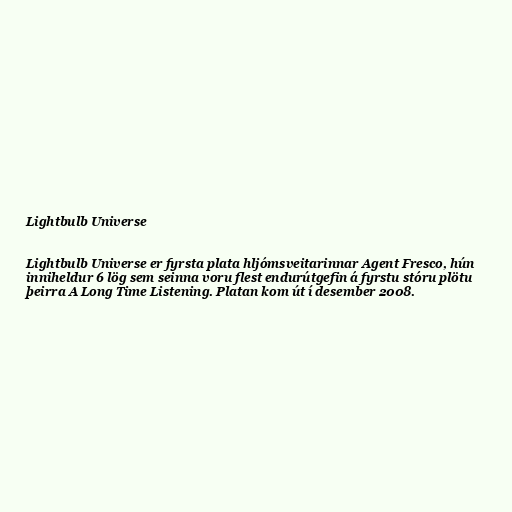
Lightbulb Universe

Lightbulb Universe er fyrsta plata hljómsveitarinnar Agent Fresco, hún
inniheldur 6 lög sem seinna voru flest endurútgefin á fyrstu stóru plötu
þeirra A Long Time Listening. Platan kom út í desember 2008.